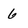
Character: 6